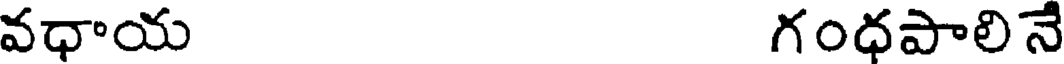
వధాయ గంధపాలినే